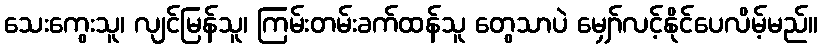
သေးကွေးသူ၊ လျင်မြန်သူ၊ ကြမ်းတမ်းခက်ထန်သူ တွေသာပဲ မျှော်လင့်နိုင်ပေလိမ့်မည်။